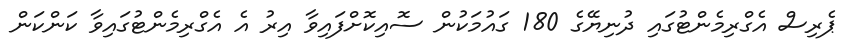
ޕެރިސް އެގްރިމެންޓުގައި ދުނިޔޭގެ 180 ގައުމަކުން ސޮއިކޮށްފައިވާ އިރު އެ އެގްރިމެންޓުގައިވާ ކަންކަން